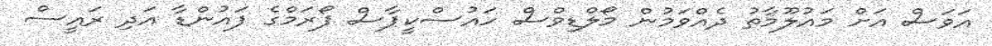
އަވަސް އަށް މައުލޫމާތު ދެއްވަމުން މޯލްޑިވްސް ހައުސްކީޕާސް ފޯރަމްގެ ފައުންޑާ އަދި ރައީސް